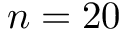
n = 2 0